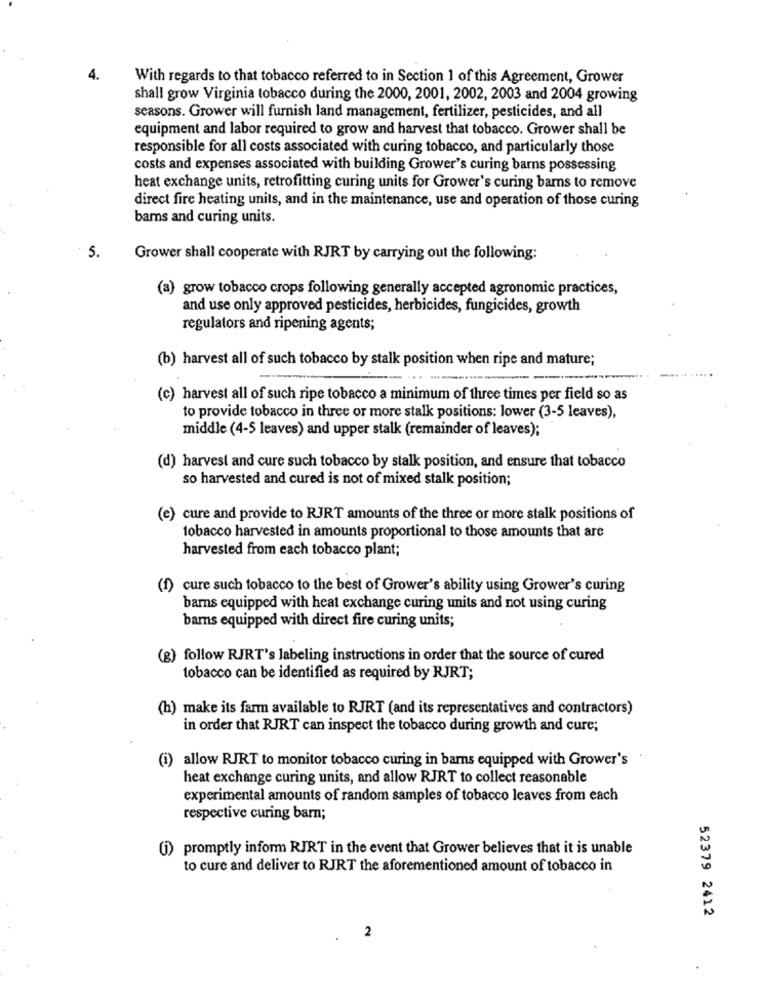
4.
With regards to that tobacco referred to in Section 1 of this Agreement, Grower
shall grow Virginia tobacco during the 2000, 2001, 2002, 2003 and 2004 growing
seasons. Grower will furnish land management, fertilizer, pesticides, and all
equipment and labor required to grow and harvest that tobacco. Grower shall be
responsible for all costs associated with curing tobacco, and particularly those
costs and expenses associated with building Grower's curing barns possessing
heat exchange units, retrofitting curing units for Grower's curing barns to remove
direct fire heating units, and in the maintenance, use and operation of those curing
barns and curing units.
5.
Grower shall cooperate with RJRT by carrying out the following:
(a) grow tobacco crops following generally accepted agronomic practices,
and use only approved pesticides, herbicides, fungicides, growth
regulators and ripening agents;
(b) harvest all of such tobacco by stalk position when ripe and mature;
....
(c) harvest all of such ripe tobacco a minimum of three times per field so as
to provide tobacco in three or more stalk positions: lower (3-5 leaves),
middle (4-5 leaves) and upper stalk (remainder of leaves);
(d) harvest and cure such tobacco by stalk position, and ensure that tobacco
so harvested and cured is not of mixed stalk position;
(e) cure and provide to RJRT amounts of the three or more stalk positions of
tobacco harvested in amounts proportional to those amounts that are
harvested from each tobacco plant;
(f) cure such tobacco to the best of Grower's ability using Grower's curing
barns equipped with heat exchange curing units and not using curing
barns equipped with direct fire curing units;
(g) follow RJRT's labeling instructions in order that the source of cured
tobacco can be identified as required by RJRT;
(h) make its farm available to RJRT (and its representatives and contractors)
in order that RJRT can inspect the tobacco during growth and cure;
(i) allow RJRT to monitor tobacco curing in barns equipped with Grower's
heat exchange curing units, and allow RJRT to collect reasonable
experimental amounts of random samples of tobacco leaves from each
respective curing barn;
() promptly inform RJRT in the event that Grower believes that it is unable
to cure and deliver to RJRT the aforementioned amount of tobacco in
52379 2412
2